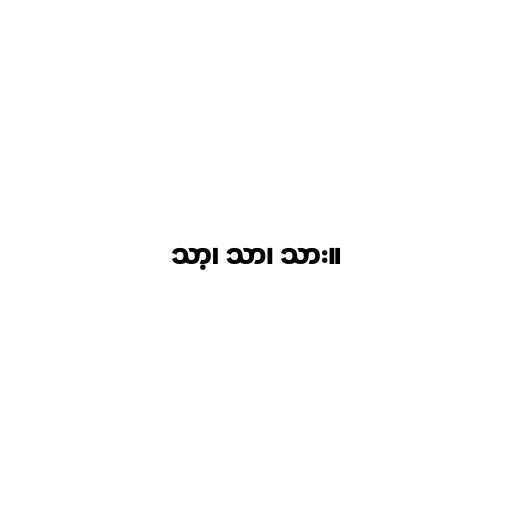
သာ့၊ သာ၊ သား။